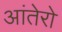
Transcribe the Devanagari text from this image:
आंतेरो